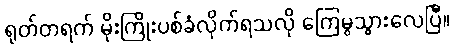
ရုတ်တရက် မိုးကြိုးပစ်ခံလိုက်ရသလို ကြေမွသွားလေပြီ။